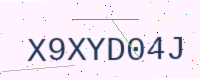
Text: X9XYD04J